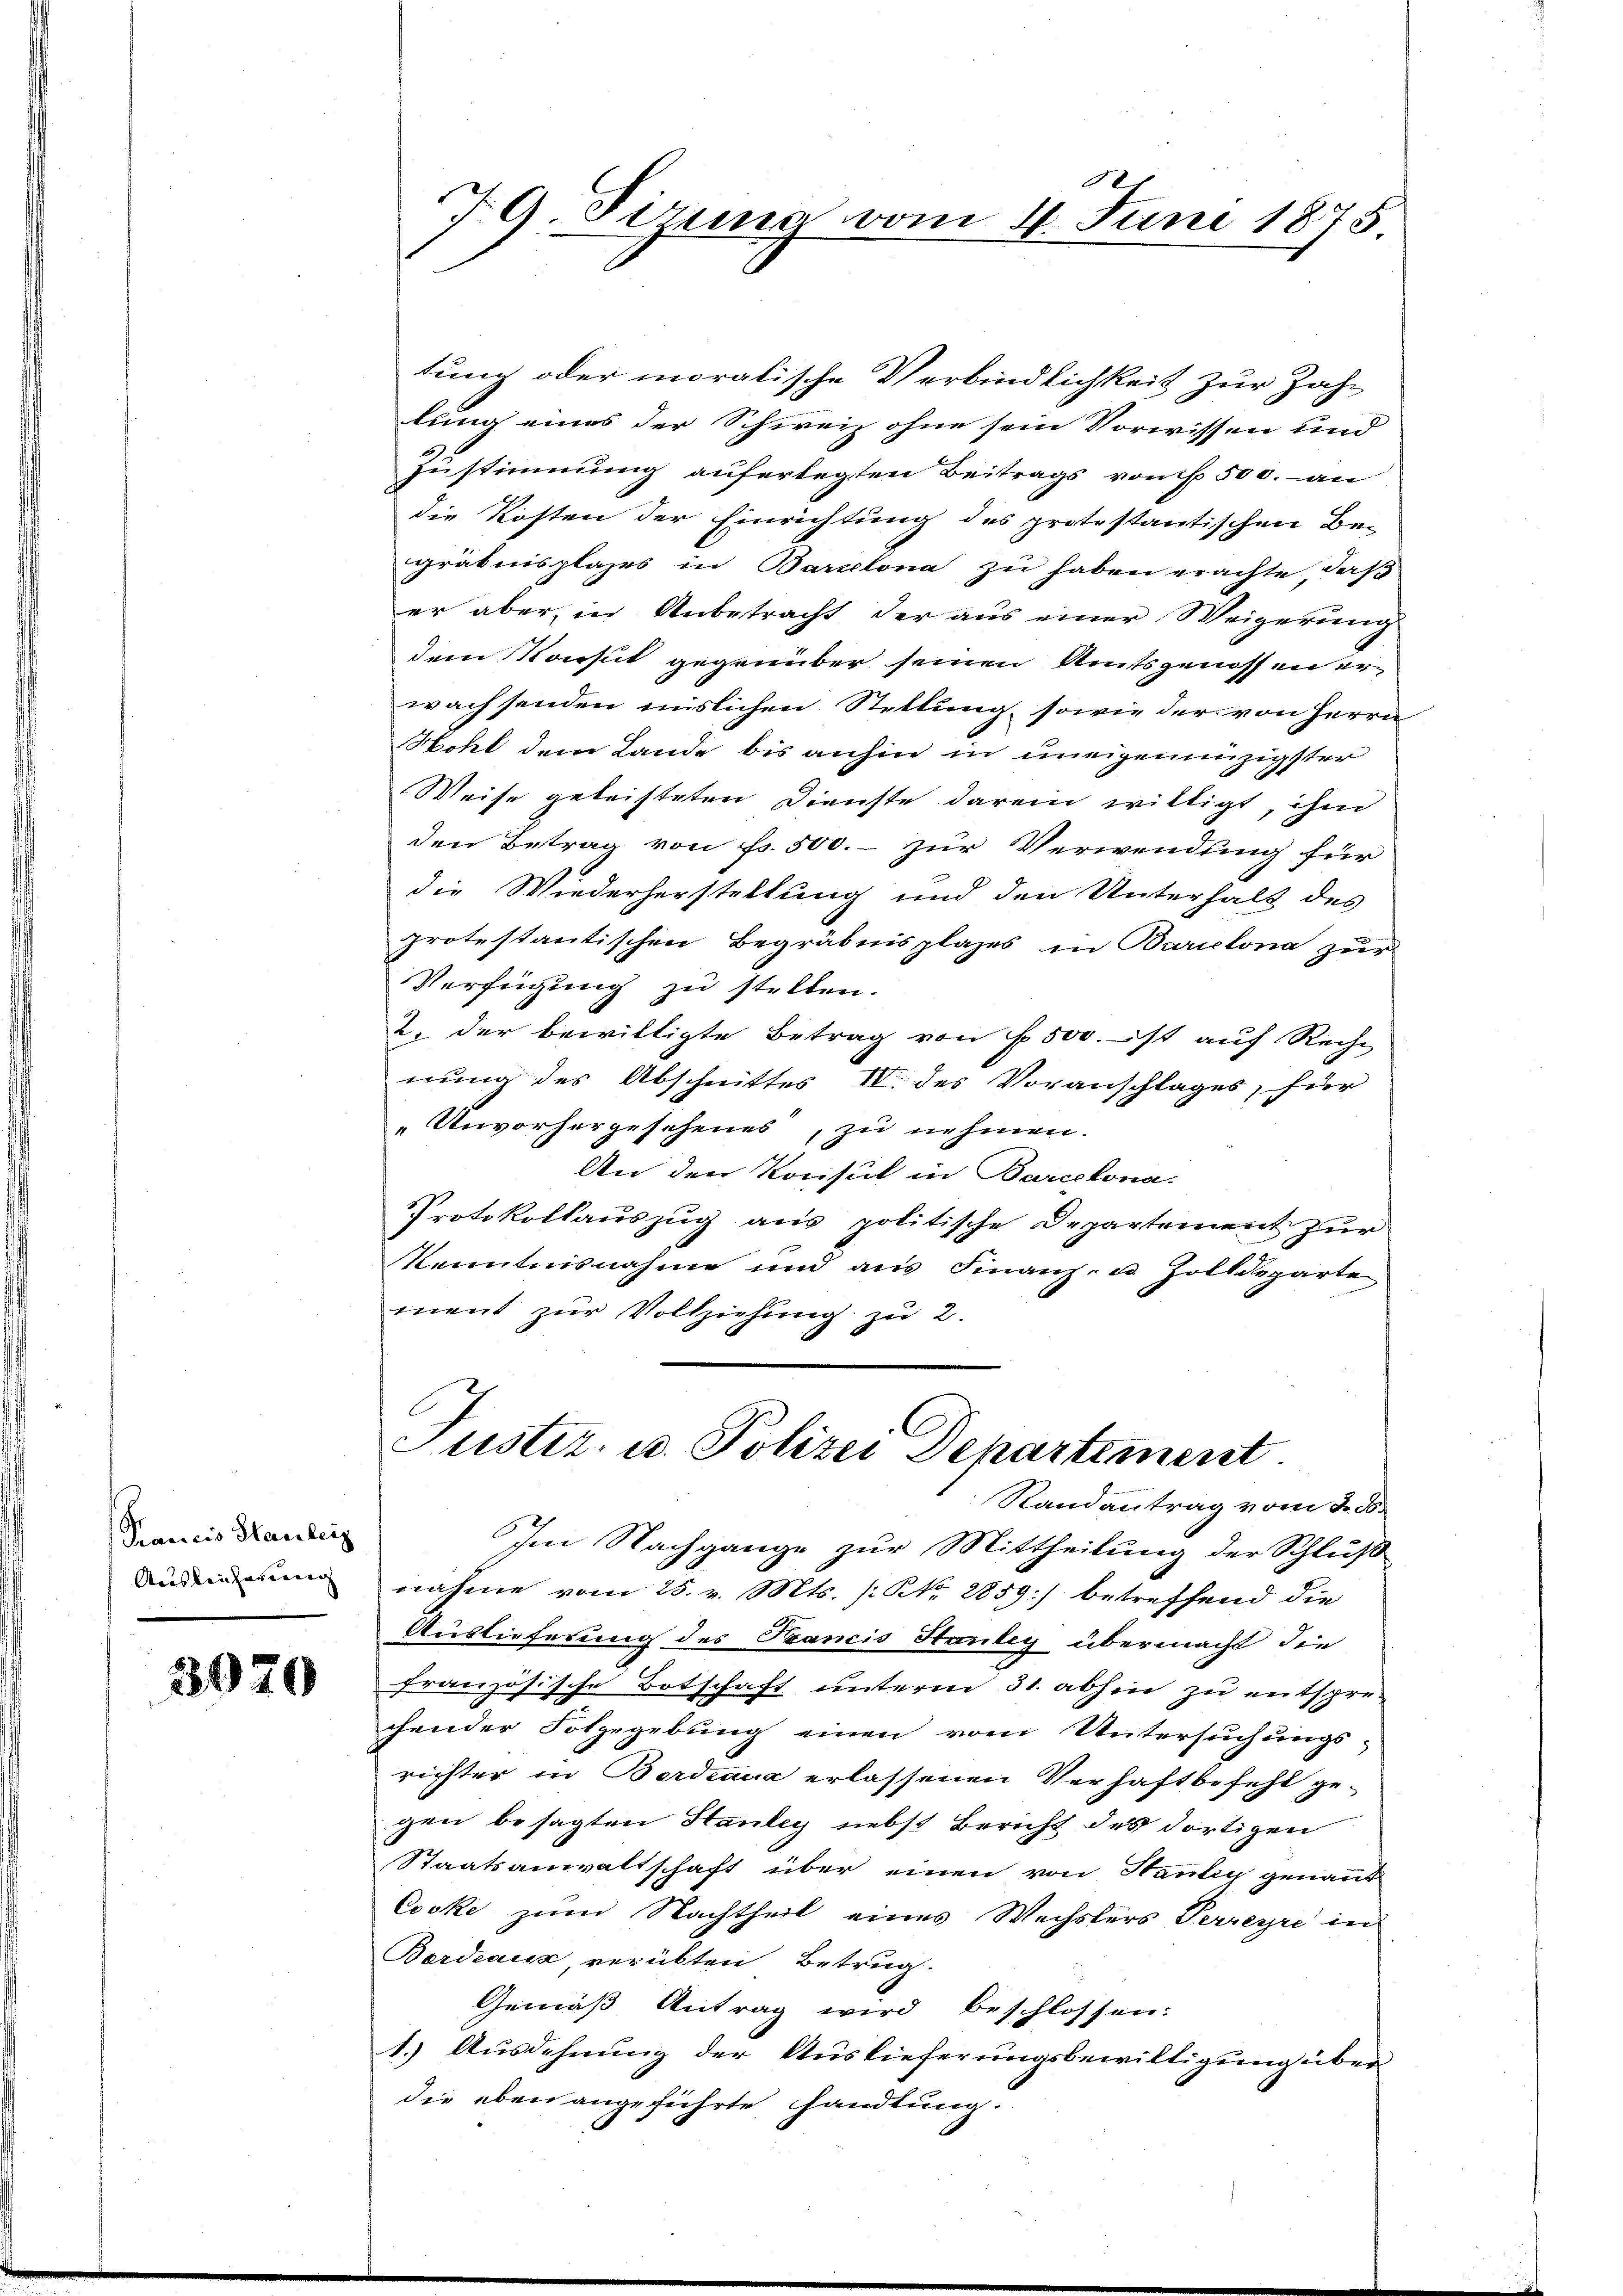
Krancis Hauseig
Aausbeschauerung

3070

79 Pirung vom 4. Juni 1875

tung oder moralische Verbindlichkeit zur Zahl
lung eines der Schweiz ohne sein Vorwissen und
Zustimmung auferlegten Beitrags von 500. an
die Kosten der Einrichtung des protestantischen Be-
gräbnisplazes in Barcelona zu haben erachte daß
er aber, in Anbetracht der aus einer Weigerung
dem Konst gegenüber seinen Amtsgenossen er
wachsenden mislichen Stellung, sowie der von Herrn
Hoht dem Lande bis anhin in uneigennüzigster
Weise geleisteten Dienste darein willigt, ihm
den Betrag von Fr. 500.- zur Verwendung für
die Wiederherstellung und den Unterhalt des
protestantischen Begräbnis plages in Barcelona zur
Verfügung zu stellen.
2. der bewilligte Betrag von f. 500. ist auf Recht
nung des Abschnittes IV. des Voranschlages, für
Unvorhergesehenes, zu nehmen.
An den Konsul in Barcelona.
Protokollauszug aus politische Departement zur
Kenntnisnahme und aus Finanz- u Zolldeparte
ment zur Vollziehung zu 2.

Justiz, u. Polizei Departement

Randantrag vom 2. ds.
Im Nachgange zur Mittheilung der Schluß
nahme vom 25. v. Mts. (No. 2859) betreffend die
Auslieferung des Szancis Streuley übermacht, die
französische Botschaft unterm 31. abhin zu entsprechender Folgegebung einen vom Untersuchungs-
richter in Berdraus erlassenen Verhaftbefehl gegen besagten Hauley nebst Bericht des dortigen
Staatsanwaltschaft über einen von Hantig genannt
Cocke zum Nachtheil eines Wechslers Perregre in
Bordeaux verübten Betrug.
Gemäß Antrag wird beschlossen:
1.) Ausdehnung der Auslieferungsbewilligung über
die eben angeführte Handlung.